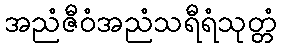
အညံဇီဝံအညံသရီရံသုတ္တံ